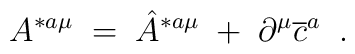
A^{*a\mu }\;=\;\hat{A}^{*a\mu }\;+\;\partial ^\mu \overline{c}^a\;\;.